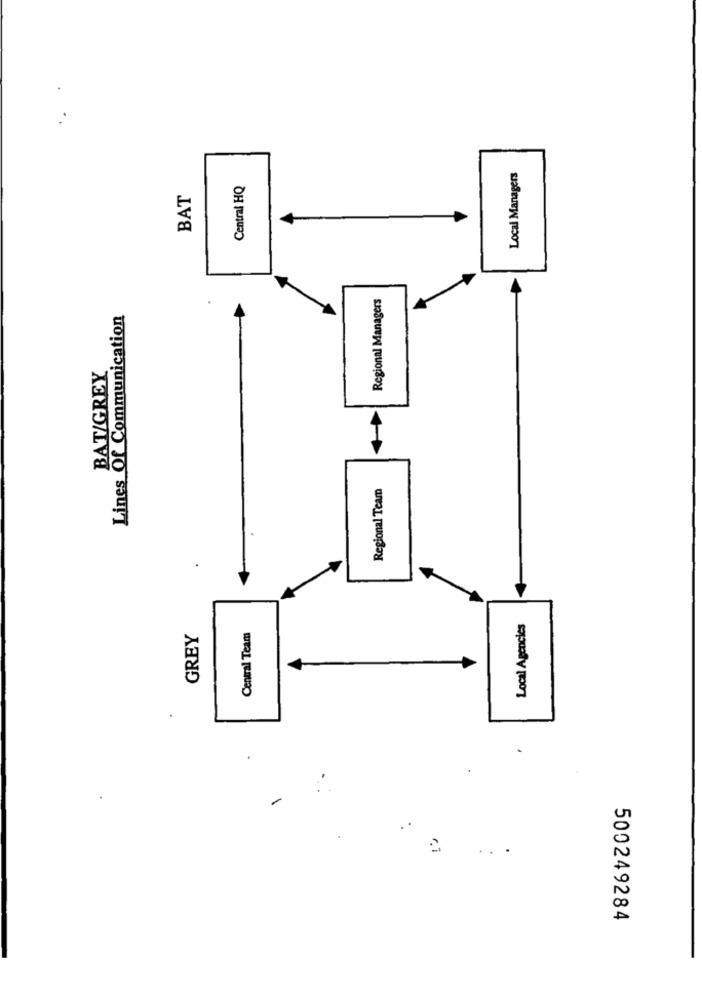
Local Managers
Central HQ
BAT
Regional Managers
Lines Of Communication
BAT/GREY
Regional Team
Local Agencies
GREY
Central Team
.
-
500249284